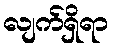
လျက်ရှိရာ